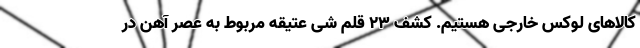
کالاهای لوکس خارجی هستیم. کشف 23 قلم شی عتیقه مربوط به عصر آهن در